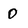
Character: 0